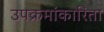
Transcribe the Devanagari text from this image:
उपक्रमांकारिता